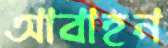
আবাহন